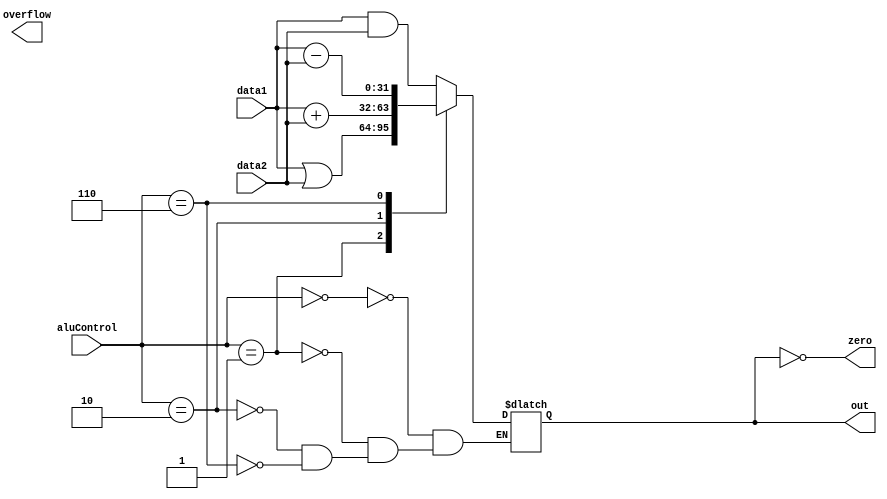
module alu(
	input wire [31:0] data1,
	input wire [31:0] data2,
	input wire [4:0] aluControl,
	output wire zero,
	output wire overflow,
	output reg [31:0] out
	);
	assign zero = (out == 0);
	
	always @* begin
		case(aluControl)
			//AND
			4'b0000: begin
				out <= data1&data2;
			end
			//OR
			4'b0001: begin
				out <= data1|data2;
			end
			//ADD
			4'b0010: begin
				out <= data1+data2;
			end
			4'b0110: begin
				out <= data1-data2;
			end
		endcase	
	end
endmodule